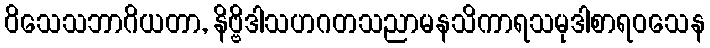
ဝိသေသဘာဂိယတာ, နိဗ္ဗိဒါသဟဂတသညာမနသိကာရသမုဒါစာရဝသေန